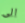
الى